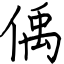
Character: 偊